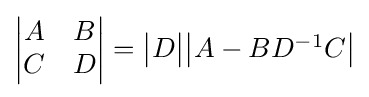
{\begin{vmatrix}A&B\\C&D\end{vmatrix}}={\begin{vmatrix}D\end{vmatrix}}{\begin{vmatrix}A-BD^{-1}C\end{vmatrix}}